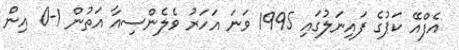
އެފްއޭ ކަޕުގެ ފައިނަލުގައި 1995 ވަނަ އަހަރު ވެލެންސިއާ އަތުން 1-0 އިން